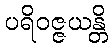
ပရိဝဇ္ဇယန္တိ